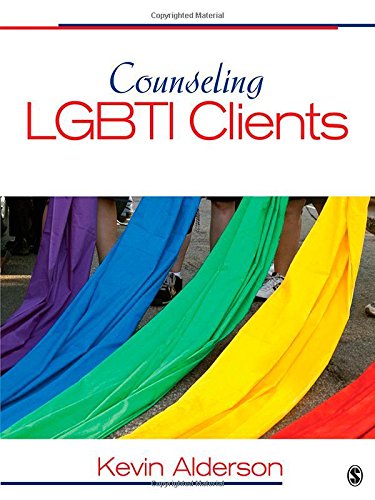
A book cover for Counseling LGBTI Clients; Kevin G. Alderson; Gay & Lesbian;